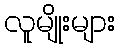
လူမျိုးများ